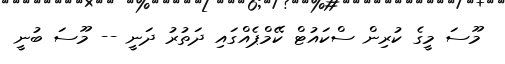
މޫސަ މީގެ ކުރިން ސްކައުޓް ކޭމްޕެއްްގައި ދަތުރު ދަނީ -- މޫސަ ބުނީ